Scottish Leaving Certificate Examination, 1959
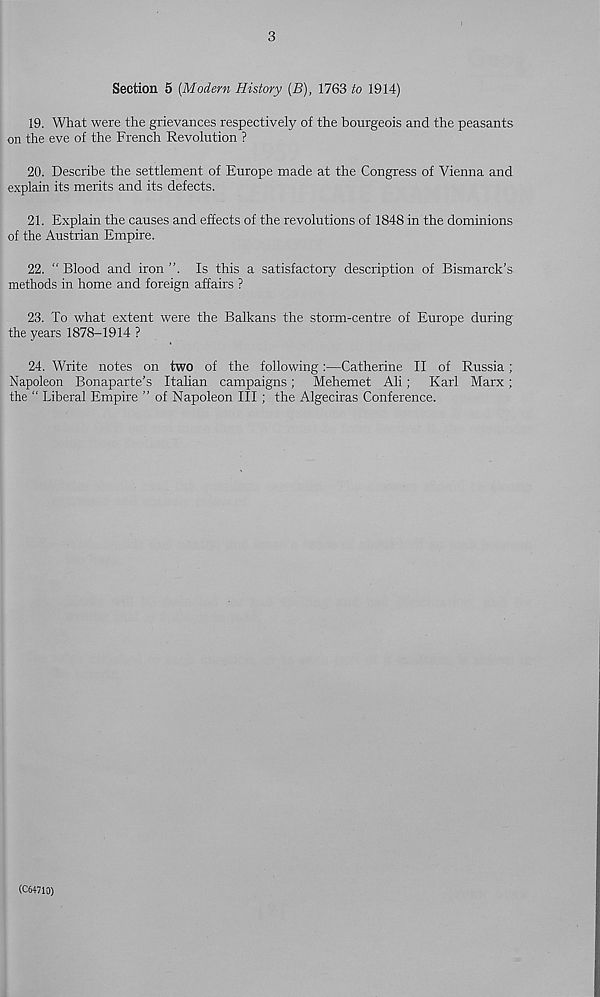
3
Section 5 [Modern History (B), 1763 to 1914)
19. What were the grievances respectively of the bourgeois and the peasants
on the eve of the French Revolution ?
20. Describe the settlement of Europe made at the Congress of Vienna and
explain its merits and its defects.
21. Explain the causes and effects of the revolutions of 1848 in the dominions
of the Austrian Empire.
22. “ Blood and iron ”, Is this a satisfactory description of Bismarck’s
methods in home and foreign affairs ?
23. To what extent were the Balkans the storm-centre of Europe during
the years 1878-1914 ?
24. Write notes on two of the following:—Catherine II of Russia;
Napoleon Bonaparte’s Italian campaigns; Mehemet Ali; Karl Marx;
the “ Liberal Empire ” of Napoleon III ; the Algeciras Conference.
(C64710)